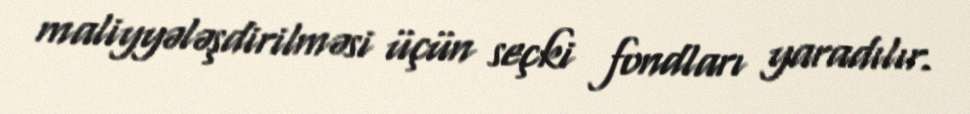
maliyyələşdirilməsi üçün seçki fondları yaradılır.